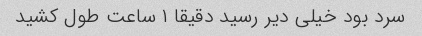
سرد بود خیلی دیر رسید دقیقا ۱ ساعت طول کشید